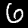
Label: 6